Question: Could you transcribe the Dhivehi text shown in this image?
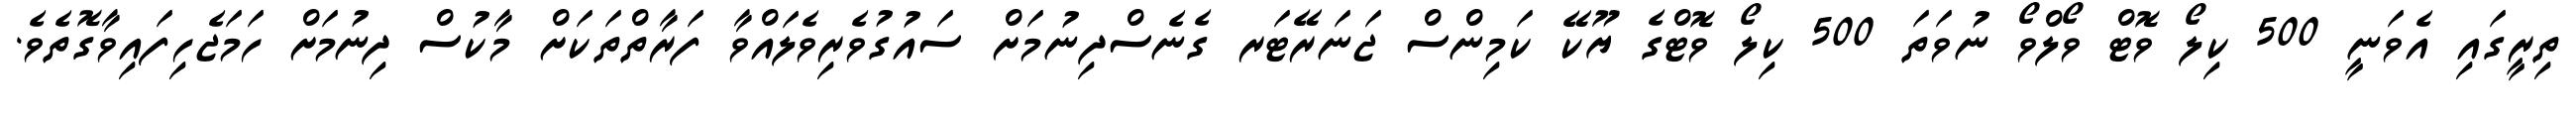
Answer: ތިރީގައި އެވަނީ 500 ކިލޯ ވޮޓް ވޯލްވޯ ނުވަތަ 500 ކިލޯ ވޮޓްގެ ޔޫކޭ ކަމިންސް ޖަނަރޭޓަރ ގެނެސްދިނުމަށް ސައުގުވެރިވެލައްވާ ފަރާތްތަކަށް މާކުސް ދިނުމަށް ހަމަޖެހިފައިވާގޮތެވެ.